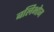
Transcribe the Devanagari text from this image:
बलिभोज